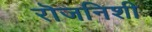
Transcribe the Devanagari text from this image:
रॊजनिशी